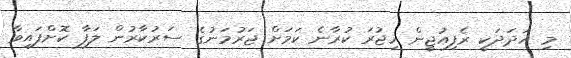
މި އަދަދަކީ ރެފިއުޖީން ހިޖުރަ ކުރާނެ ކަމަށް ޖަރުމަނުގެ ސަރުކާރުން ލަފާ ކޮށްފައިވާ